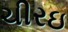
ચીરઇ